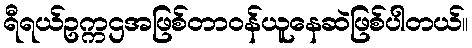
ရီရယ်ဥက္ကဌအဖြစ်တာဝန်ယူနေဆဲဖြစ်ပါတယ်။